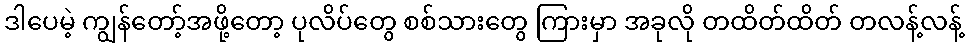
ဒါပေမဲ့ ကျွန်တော့်အဖို့တော့ ပုလိပ်တွေ စစ်သားတွေ ကြားမှာ အခုလို တထိတ်ထိတ် တလန့်လန့်